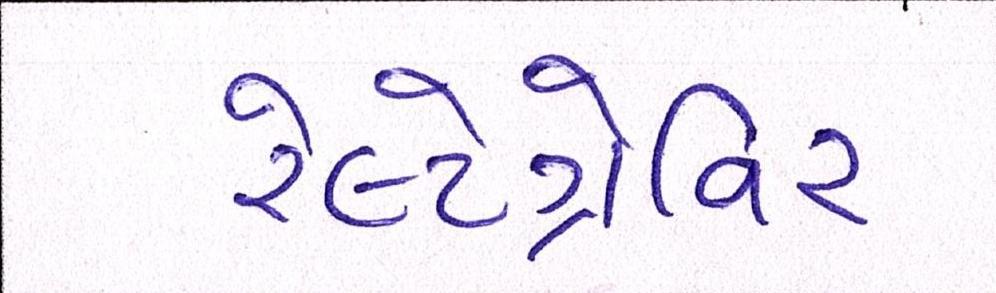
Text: રેલ્ટેગ્રેવિર